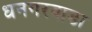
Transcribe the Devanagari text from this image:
धनगरवाडा